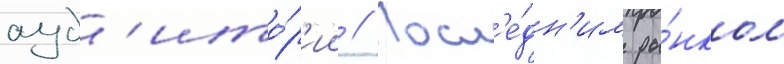
ауд'ито́р'ии // Посл'е́дн'им ры́нком